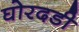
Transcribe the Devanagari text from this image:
घोरदडी